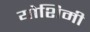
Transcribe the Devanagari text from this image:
योशिमी